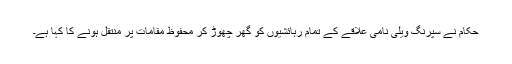
حکام نے سپرنگ ویلی نامی علاقے کے تمام رہائشیوں کو گھر چھوڑ کر محفوظ مقامات پر منتقل ہونے کا کہا ہے۔